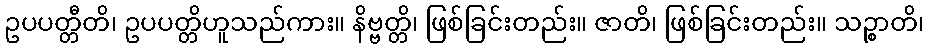
ဥပပတ္တီတိ၊ ဥပပတ္တိဟူသည်ကား။ နိဗ္ဗတ္တိ၊ ဖြစ်ခြင်းတည်း။ ဇာတိ၊ ဖြစ်ခြင်းတည်း။ သဉ္စာတိ၊